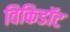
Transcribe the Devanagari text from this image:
विकिडॉट